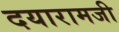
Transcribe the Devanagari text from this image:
दयारामजी